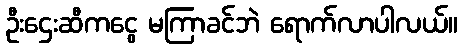
ဦးဌေးဆီကငွေ မကြာခင်ဘဲ ရောက်လာပါလယ်။